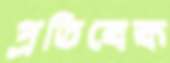
প্রতিবেক